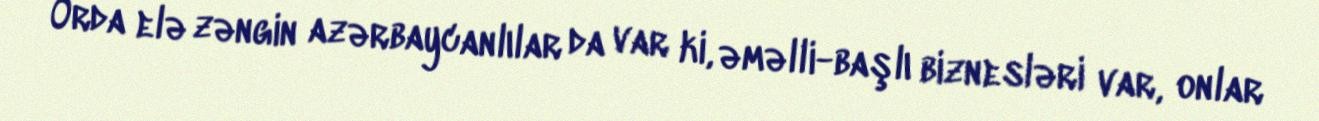
Orda elə zəngin azərbaycanlılar da var ki, əməlli-başlı biznesləri var, onlar